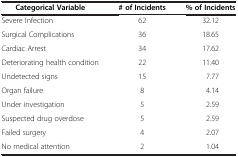
| Categorical Variable | # of Incidents | % of Incidents |
 | --- | --- | --- |
 | Severe Infection | 62 | 32.12 |
 | Surgical Complications | 36 | 18.65 |
 | Cardiac Arrest | 34 | 17.62 |
 | Deteriorating health condition | 22 | 11.40 |
 | Undetected signs | 15 | 7.77 |
 | Organ failure | 8 | 4.14 |
 | Under investigation | 5 | 2.59 |
 | Suspected drug overdose | 5 | 2.59 |
 | Failed surgery | 4 | 2.07 |
 | No medical attention | 2 | 1.04 |